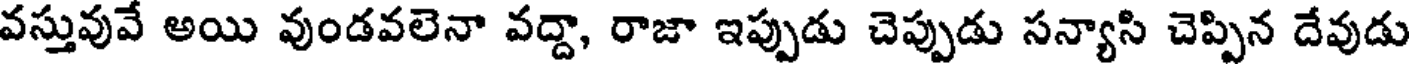
వస్తువువే అయి వుండవలెనా వద్దా, రాజా ఇప్పుడు చెప్పుడు సన్యాసి చెప్పిన దేవుడు